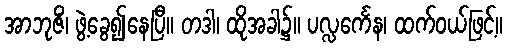
အာဘုဇိံ၊ ဖွဲ့ခွေ၍နေပြီ။ တဒါ၊ ထိုအခါ၌။ ပလ္လင်္ကေန၊ ထက်ဝယ်ဖြင့်။